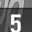
Digit: 5